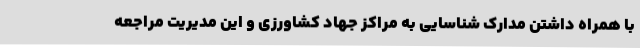
با همراه داشتن مدارک شناسایی به مراکز جهاد کشاورزی و این مدیریت مراجعه